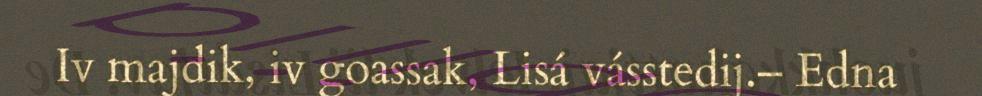
Iv majdik, iv goassak, Lisá vásstedij.– Edna